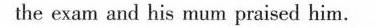
the exam and his mum praised him.